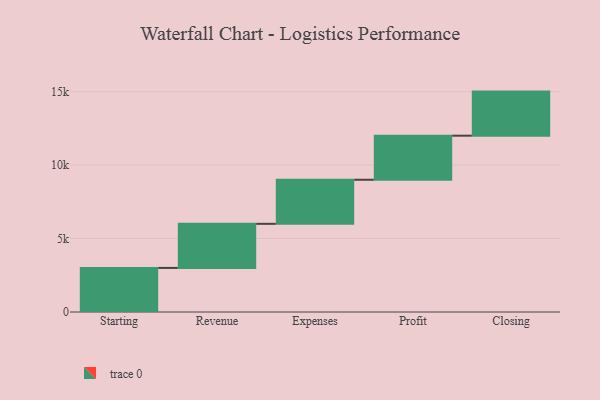
{"axis": {"x": "Step", "y": "Value"}, "legend": [""], "data": [{"x": "Starting", "y": 3000, "type": ""}, {"x": "Revenue", "y": 3000, "type": ""}, {"x": "Expenses", "y": 3000, "type": ""}, {"x": "Profit", "y": 3000, "type": ""}, {"x": "Closing", "y": 3000, "type": ""}]}